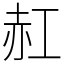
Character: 䞑